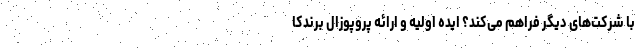
با شرکت‌های دیگر فراهم می‌کند؟ ایده اولیه و ارائه پروپوزال برندکا